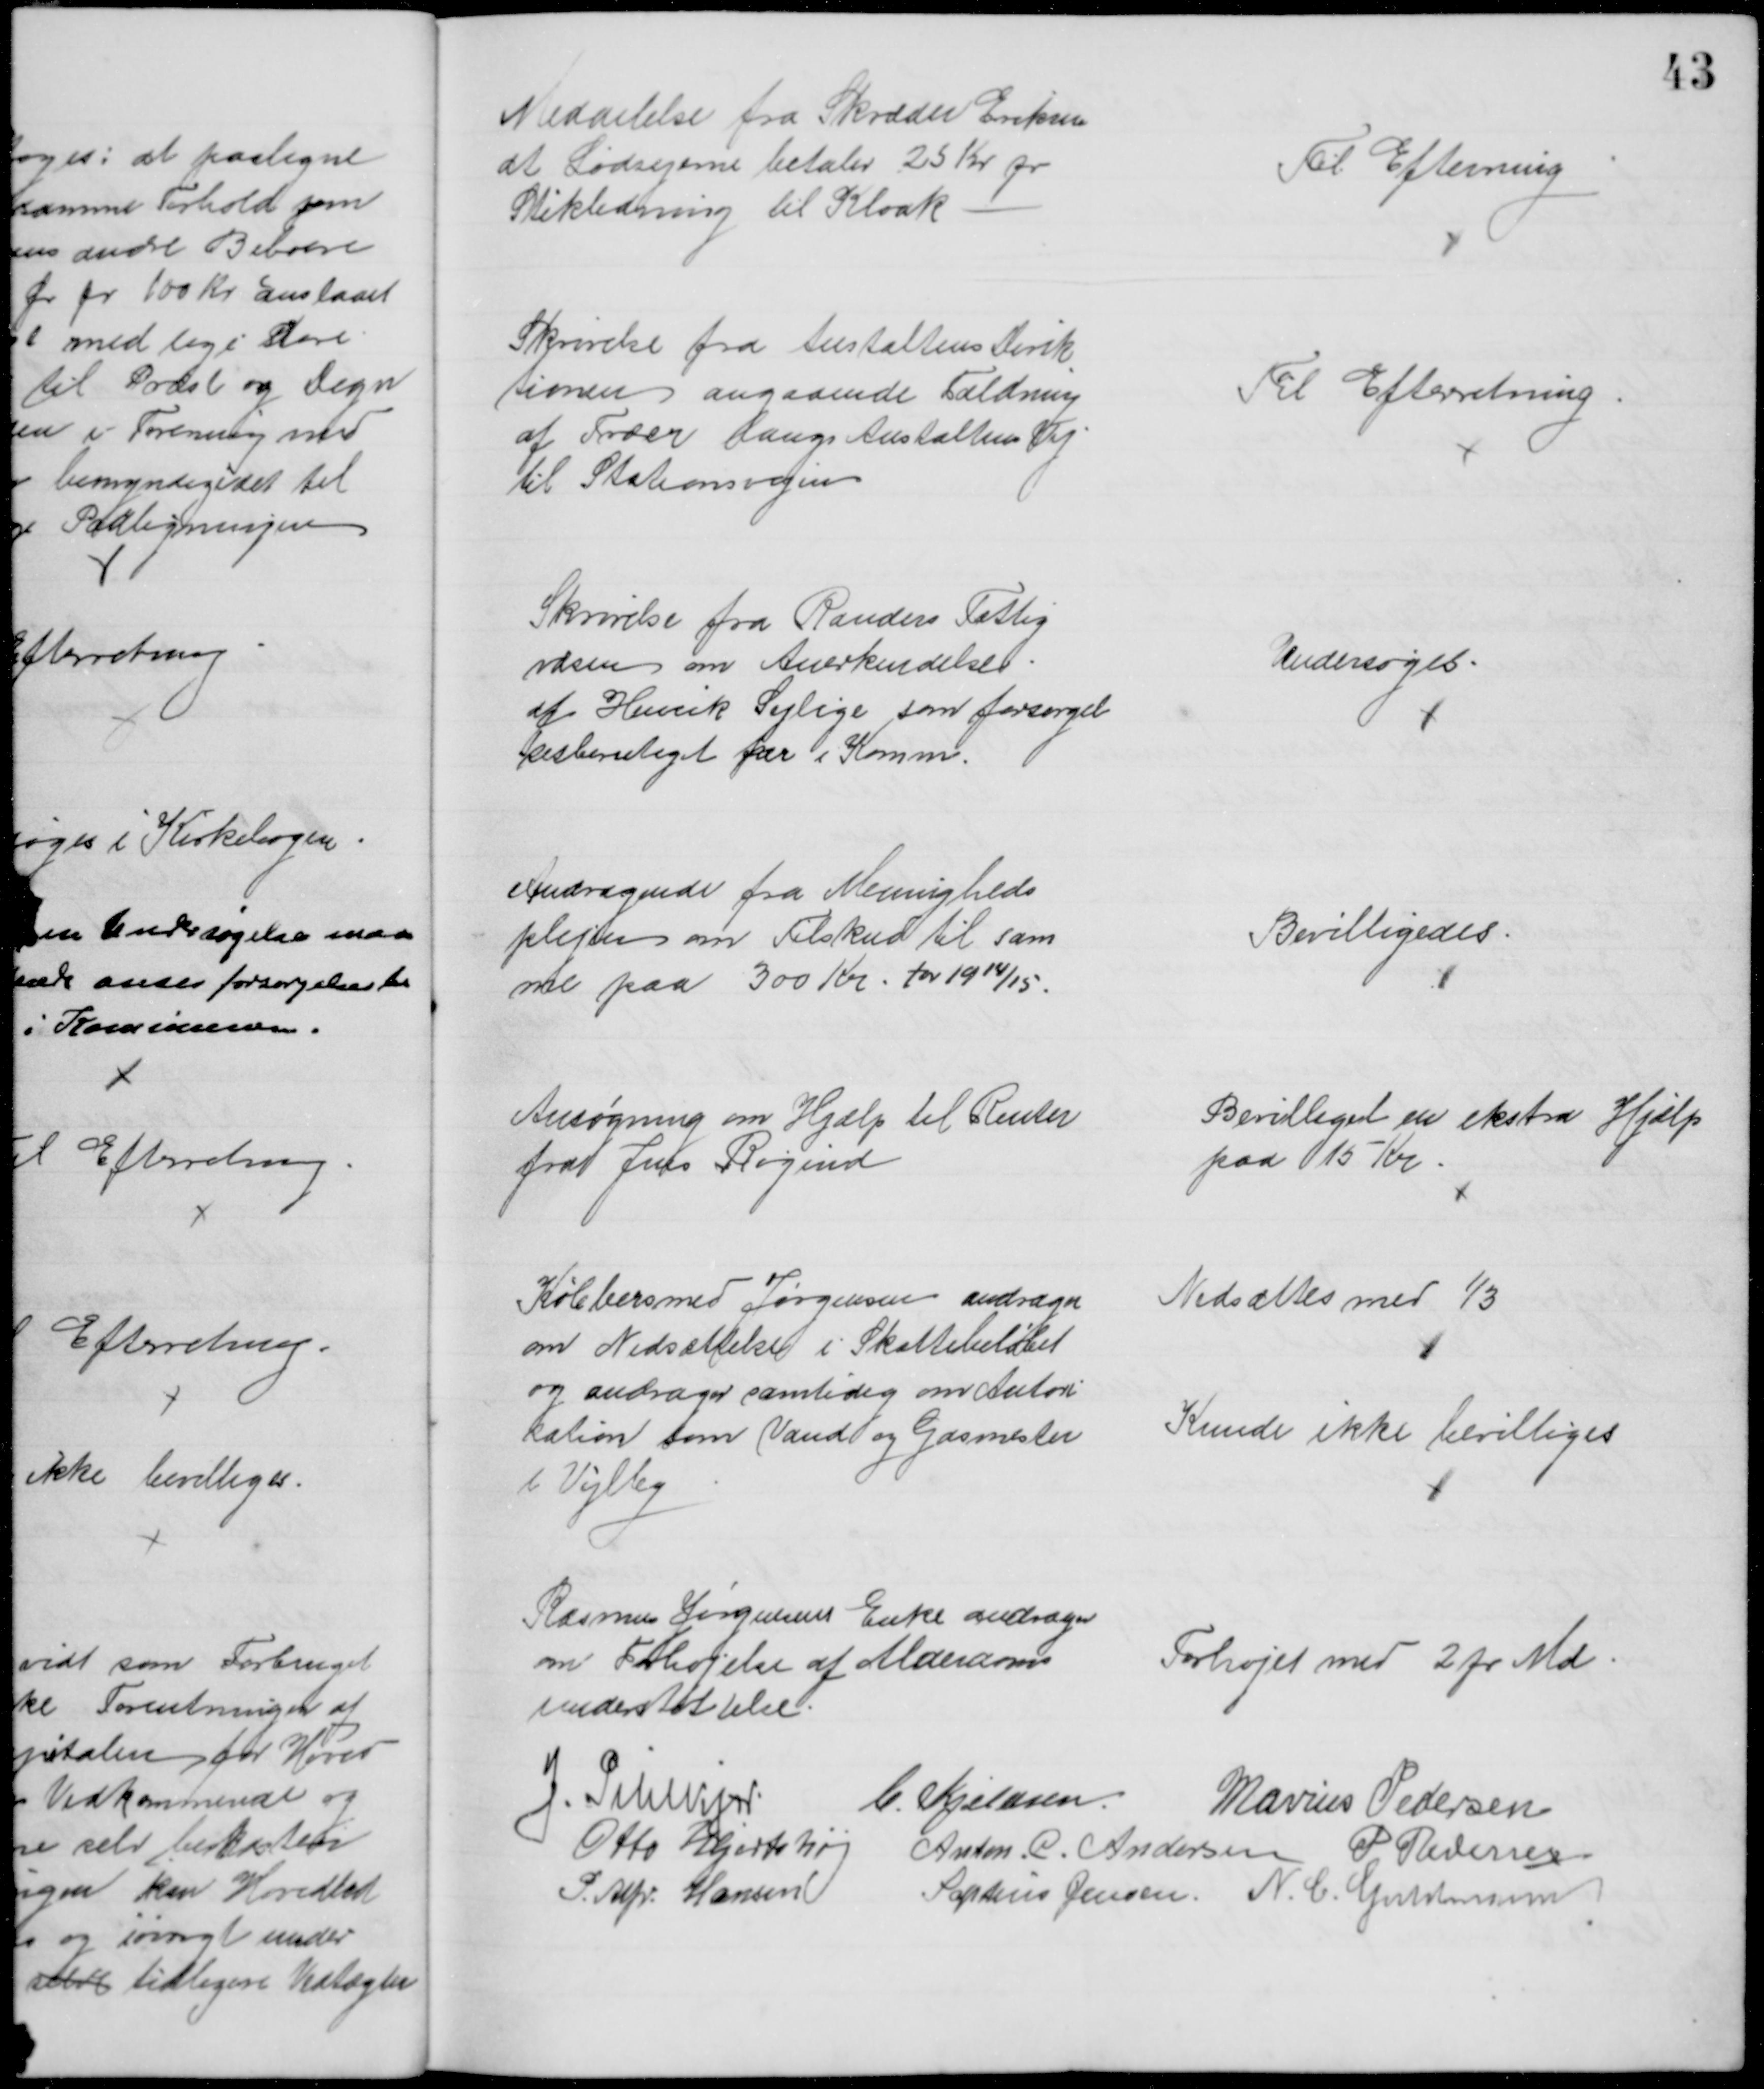
Transskription:
Meddelelse fra Skræder Eriksen
at Lodsejerne betaler 25 Kr pr
Stikledning til Kloak
Til Efterning
Skrivelse fra Anstaltens Direk
tionen angaaende Fældning
af Træer langs Anstaltens Vej
til Stationsvejen
Til Efterretning
Skrivelse fra Randers Fattig
væsen om Anerkendelse
af Henrik Sejlige som forsørgel
sesberettiget her i Komm.
Undersøges
Andragende fra Menigheds
plejen om Tilskud til sam
me paa 300 Kr. for 1914/15.
Bevilligedes
Ansøgning om Hjælp til Renter
fra Jens Røgind
Bevilliget en ekstra Hjælp
paa 15 Kr.
Kobbersmed Jørgensen andrager
om Nedsættelse i Skattebeløbet
og andrager samtidig om Autori 
sation som Vand og Gasmester
i Vejlby
Nedsættes med ⅓
Kunde ikke bevilliges
Rasmus Jørgensens Enke andrager
om Forhøjelse af Alderdoms
understøttelse.
Forhøjet med 2 pr. Md.
J. Pihlkjær
C. Kjeldsen.
Marius Pedersen
Otto Hjortshøj
Anton. C. Andersen P Pedersen
P. Alfr. Hansen
Sophus Jensen. N. C. Guldmann